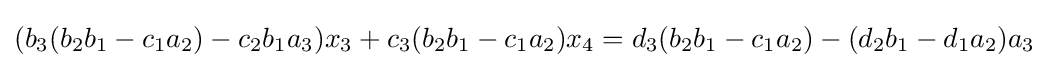
(b_{3}(b_{2}b_{1}-c_{1}a_{2})-c_{2}b_{1}a_{3})x_{3}+c_{3}(b_{2}b_{1}-c_{1}a_{2})x_{4}=d_{3}(b_{2}b_{1}-c_{1}a_{2})-(d_{2}b_{1}-d_{1}a_{2})a_{3}